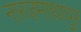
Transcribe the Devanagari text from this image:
नारजमाथापुर